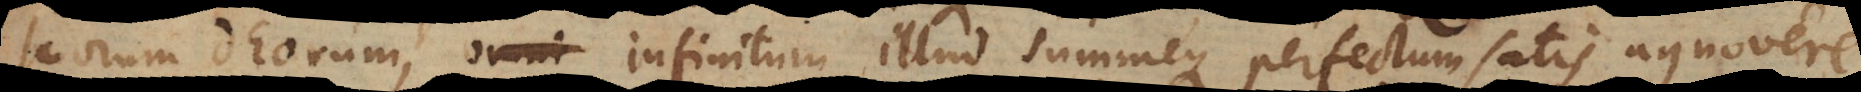
suorum deorum, infinitum illud summeque perfectum satis agnovere.